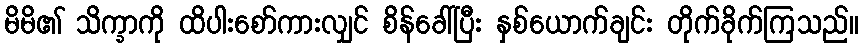
မိမိ၏ သိက္ခာကို ထိပါးစော်ကားလျှင် စိန်ခေါ်ပြီး နှစ်ယောက်ချင်း တိုက်ခိုက်ကြသည်။